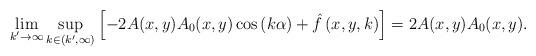
LaTeX: \begin{align*}\lim_{k^{\prime }\rightarrow \infty }\sup_{k\in (k^{\prime },\infty )}\left[-2A(x,y)A_{0}(x,y)\cos \left( k\alpha \right) +\hat{f}\left( x,y,k\right) \right] =2A(x,y)A_{0}(x,y). \end{align*}